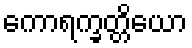
ကောရက္ခတ္တိယော